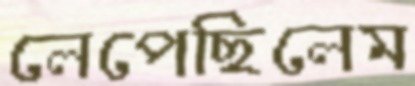
লেপেছিলেম